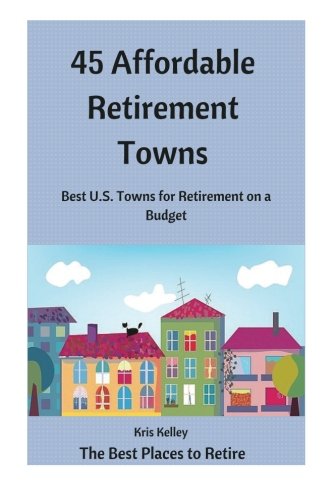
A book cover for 45 Affordable Retirement Towns: Best U.S. Towns for Retirement on a Budget (The Best Places to Retire) (Volume 1); Kris Kelley; Travel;